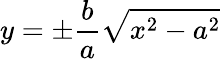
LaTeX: y=\pm{\frac{b}{a}}{\sqrt{x^{2}-a^{2}}}